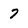
Character: 7